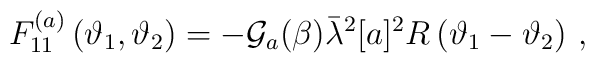
F^{(a)}_{11}\left( \vartheta _{1},\vartheta _{2}\right) =-\mathcal{G}_{a}(\beta )\bar{\lambda }^{2}[a]^{2}R\left( \vartheta _{1}-\vartheta _{2}\right)\,,